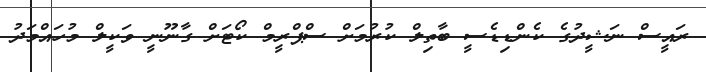
ރައީސް ނަޝީދުގެ ކެންޑިޑެސީ ބާތިލް ކުރުމަށް ސްޕްރީމް ކޯޓަށް ގާނޫނީ ވަކީލް މުހައްމަދު